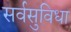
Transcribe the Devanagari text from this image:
सर्वसुविधा